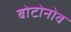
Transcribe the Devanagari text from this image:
बोटोनोव